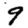
Digit: 9